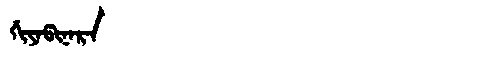
Manchu: ᡤᡳᠶᠠᡦᡳᠨᠠᡵᠠ
Romanization: GIYAPINARA